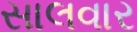
સાલવાર